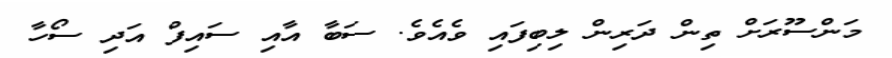
މަންސޫރަށް ތިން ދަރިން ލިބިފައި ވެއެވެ. ސަބާ އާއި ސައިފް އަދި ސޯހާ